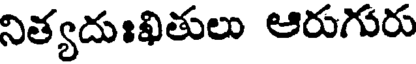
నిత్యదుఃఖితులు ఆరుగురు